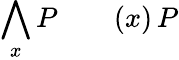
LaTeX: \bigwedge_{x}P\qquad(x)\, P